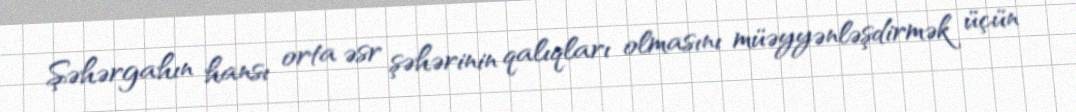
Şəhərgahın hansı orta əsr şəhərinin qalıqları olmasını müəyyənləşdirmək üçün